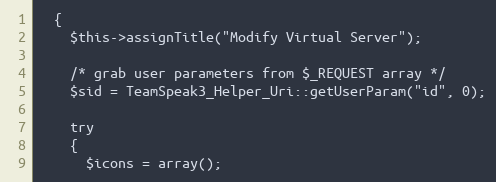
Language: PHP
  {
    $this->assignTitle("Modify Virtual Server");

    /* grab user parameters from $_REQUEST array */
    $sid = TeamSpeak3_Helper_Uri::getUserParam("id", 0);

    try
    {
      $icons = array();